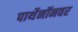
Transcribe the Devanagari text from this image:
पार्थेनॉनवर